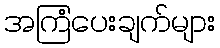
အကြံပေးချက်များ